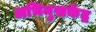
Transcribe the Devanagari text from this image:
अभिमुखकेंद्र